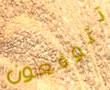
تتوقعون